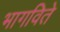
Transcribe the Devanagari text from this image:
भागविते